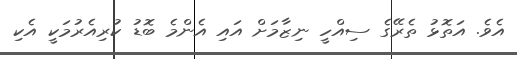
އެވެ. އަތޮޅު ތެރޭގެ ސިއްހީ ނިޒާމަށް އައި އެންމެ ބޮޑު ކުރިއެރުމަކީ އެކި